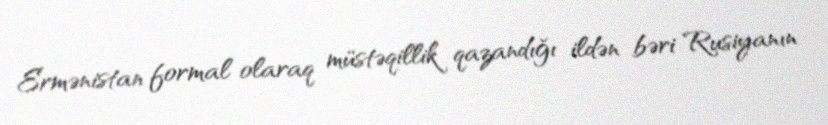
Ermənistan formal olaraq müstəqillik qazandığı ildən bəri Rusiyanın